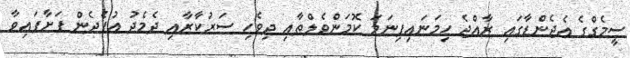
ސީމެގްގެ އެޖެންޑާގައި ރާއްޖެ ހިމަނައިފިނަމަ ކޮމަންވެލްތާއި ދިވެހި ސަރުކާރާއި ދެމެދު އުފެދެން ފަށާފައިވާ